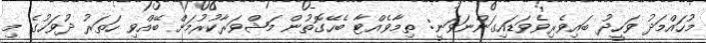
މުހައްމަދު ވަހީދު ބައިވެރިވެވަޑައިގަންނަވަނީ: ތިމާވެއްޓާ ބެހޭގޮތުން މަޝްވަރާކުރުމަށް ބޭއްވި ހަތަރު ދުވަހުގެ މި